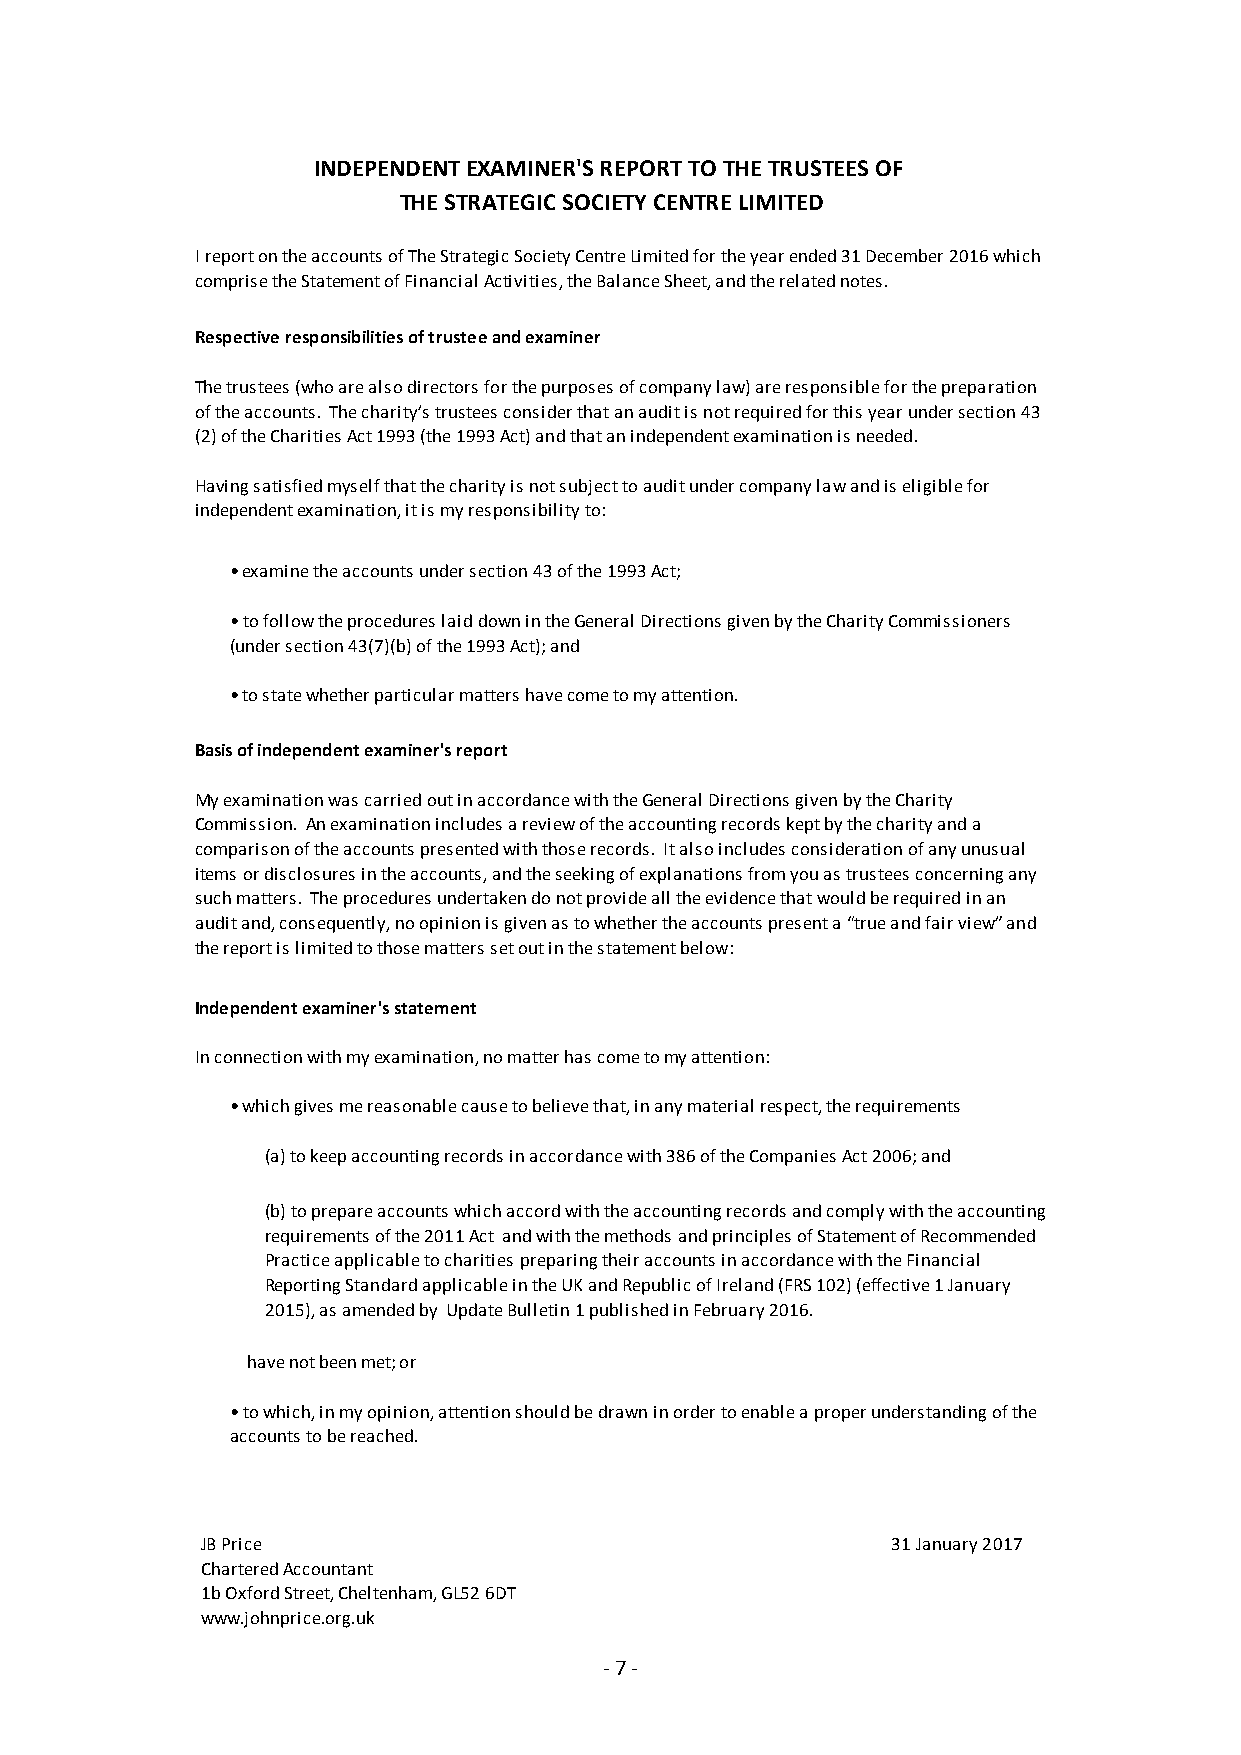
INDEPENDENT EXAMINER'S REPORT TO THE TRUSTEES OF
 THE STRATEGIC SOCIETY CENTRE LIMITED
 I report on the accounts of The Strategic Society Centre Limited for the year ended 31 December 2016 which
 comprise the Statement of Financial Activities, the Balance Sheet, and the related notes.
 Respective responsibilities of trustee and examiner
 The trustees (who are also directors for the purposes of company law) are responsible for the preparation
 of the accounts. The charity’s trustees consider that an audit is not required for this year under section 43
 (2) of the Charities Act 1993 (the 1993 Act) and that an independent examination is needed.
 Having satisfied myself that the charity is not subject to audit under company law and is eligible for
 independent examination, it is my responsibility to:
 • examine the accounts under section 43 of the 1993 Act;
 • to follow the procedures laid down in the General Directions given by the Charity Commissioners
 (under section 43(7)(b) of the 1993 Act); and
 • to state whether particular matters have come to my attention.
 Basis of independent examiner's report
 My examination was carried out in accordance with the General Directions given by the Charity
 Commission. An examination includes a review of the accounting records kept by the charity and a
 comparison of the accounts presented with those records. It also includes consideration of any unusual
 items or disclosures in the accounts, and the seeking of explanations from you as trustees concerning any
 such matters. The procedures undertaken do not provide all the evidence that would be required in an
 audit and, consequently, no opinion is given as to whether the accounts present a “true and fair view” and
 the report is limited to those matters set out in the statement below:
 Independent examiner's statement
 In connection with my examination, no matter has come to my attention:
 • which gives me reasonable cause to believe that, in any material respect, the requirements
 (a) to keep accounting records in accordance with 386 of the Companies Act 2006; and
 (b) to prepare accounts which accord with the accounting records and comply with the accounting
 requirements of the 2011 Act and with the methods and principles of Statement of Recommended
 Practice applicable to charities preparing their accounts in accordance with the Financial
 Reporting Standard applicable in the UK and Republic of Ireland (FRS 102) (effective 1 January
 2015), as amended by Update Bulletin 1 published in February 2016.
 have not been met; or
 • to which, in my opinion, attention should be drawn in order to enable a proper understanding of the
 accounts to be reached.
 JB Price                                      31 January 2017
 Chartered Accountant
 1b Oxford Street, Cheltenham, GL52 6DT
 www.johnprice.org.uk
 - 7 -